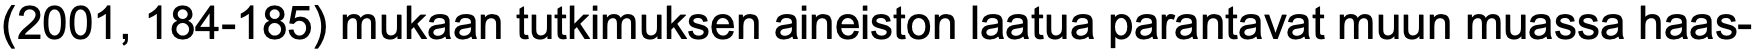
(2001, 184-185) mukaan tutkimuksen aineiston laatua parantavat muun muassa haas-